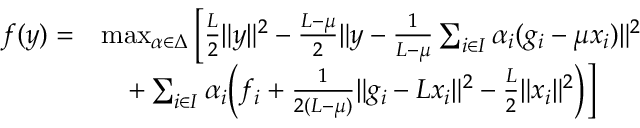
\begin{array} { r l } { f ( y ) = } & { \operatorname* { m a x } _ { \alpha \in \Delta } \Big [ \frac { L } { 2 } \| y \| ^ { 2 } - \frac { L - \mu } { 2 } \| y - \frac { 1 } { L - \mu } \sum _ { i \in I } \alpha _ { i } ( g _ { i } - \mu x _ { i } ) \| ^ { 2 } } \\ & { \quad + \sum _ { i \in I } \alpha _ { i } \Big ( f _ { i } + \frac { 1 } { 2 ( L - \mu ) } \| g _ { i } - L x _ { i } \| ^ { 2 } - \frac { L } { 2 } \| x _ { i } \| ^ { 2 } \Big ) \Big ] } \end{array}